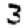
Digit: 3